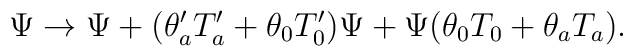
\Psi \rightarrow \Psi +(\theta _{a}^{\prime }T_{a}^{\prime }+\theta_{0}T_{0}^{\prime })\Psi +\Psi (\theta _{0}T_{0}+\theta _{a}T_{a}).